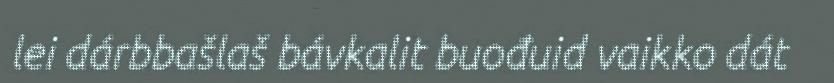
lei dárbbašlaš bávkalit buođuid vaikko dát